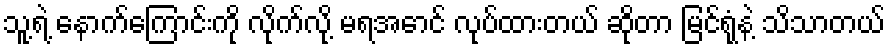
သူ့ရဲ့ နောက်ကြောင်းကို လိုက်လို့ မရအောင် လုပ်ထားတယ် ဆိုတာ မြင်ရုံနဲ့ သိသာတယ်